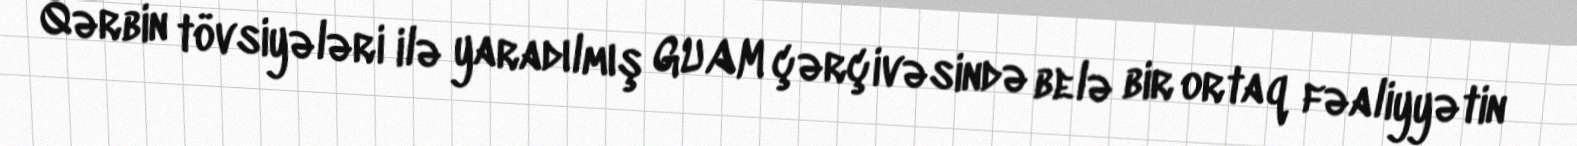
Qərbin tövsiyələri ilə yaradılmış GUAM çərçivəsində belə bir ortaq fəaliyyətin